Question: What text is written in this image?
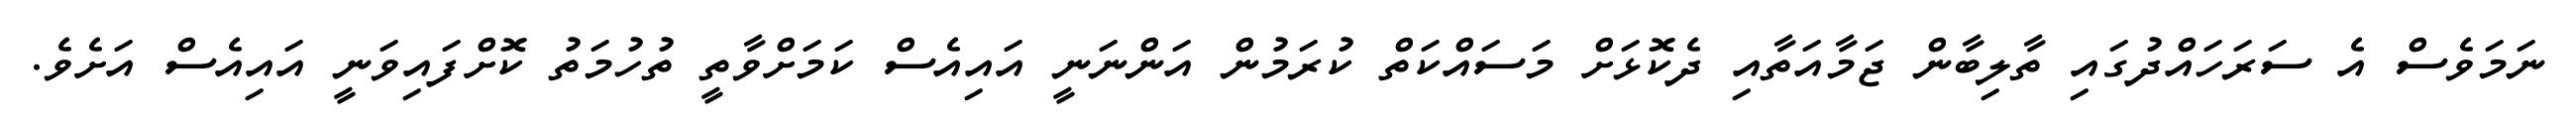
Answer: ނަމަވެސް އެ ސަރަހައްދުގައި ތާލިބާން ޖަމާއަތާއި ދެކޮޅަށް މަސައްކަތް ކުރަމުން އަންނަނީ އައިއެސް ކަމަށްވާތީ ތުހުމަތު ކޮށްފައިވަނީ އައިއެސް އަށެވެ.